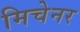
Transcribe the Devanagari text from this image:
मिचेनर